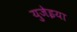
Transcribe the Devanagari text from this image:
युजेइया